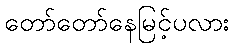
တော်တော်နေမြင့်ပလား